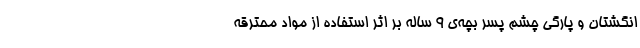
انگشتان و پارگی چشم پسر بچه‌ی ۹ ساله بر اثر استفاده از مواد محترقه